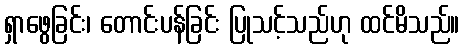
ရှာဖွေခြင်း၊ တောင်းပန်ခြင်း ပြုသင့်သည်ဟု ထင်မိသည်။